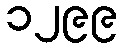
၁၂၉၉